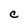
Character: C